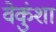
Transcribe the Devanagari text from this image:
वेकुंशा